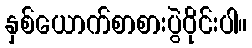
နှစ်ယောက်စာစားပွဲဝိုင်းပါ။